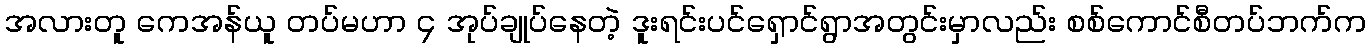
အလားတူ ကေအန်ယူ တပ်မဟာ ၄ အုပ်ချုပ်နေတဲ့ ဒူးရင်းပင်ရှောင်ရွာအတွင်းမှာလည်း စစ်ကောင်စီတပ်ဘက်က